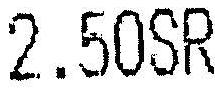
2.50SR